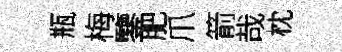
瓶梅鑒肥爪箭哉枕